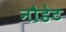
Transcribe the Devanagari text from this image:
नौडेट